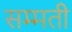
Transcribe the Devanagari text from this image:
सम्मती